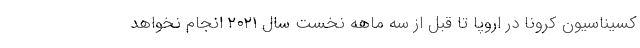
کسیناسیون کرونا در اروپا تا قبل از سه ماهه نخست سال ۲۰۲۱ انجام نخواهد